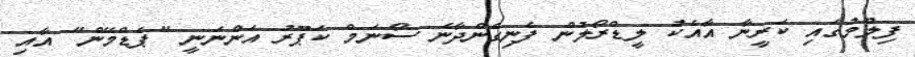
ފިލްމުގައި ކަރީނާ އާއެކު ލީޑްރޯލުން ފެނިގެންދާނެ ސޯނަމް ކަޕޫރު އަންނަނީ "ޕެޑްމޭން" އާއި